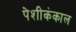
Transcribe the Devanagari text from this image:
पेशीकंकाल